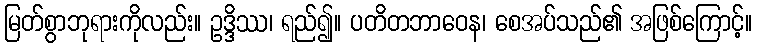
မြတ်စွာဘုရားကိုလည်း။ ဥဒ္ဒိဿ၊ ရည်၍။ ပတိတဘာဝေန၊ စေအပ်သည်၏ အဖြစ်ကြောင့်။